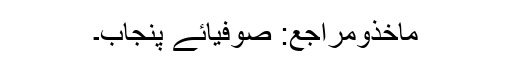
ماخذومراجع: صوفیائے پنجاب۔